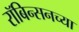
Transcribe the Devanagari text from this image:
रॉबिन्सनच्या